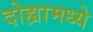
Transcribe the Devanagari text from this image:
दोह्यामध्ये